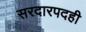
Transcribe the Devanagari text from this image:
सरदारपदही